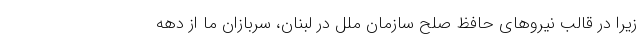
زیرا در قالب نیروهای حافظ صلح سازمان ملل در لبنان، سربازان ما از دهه